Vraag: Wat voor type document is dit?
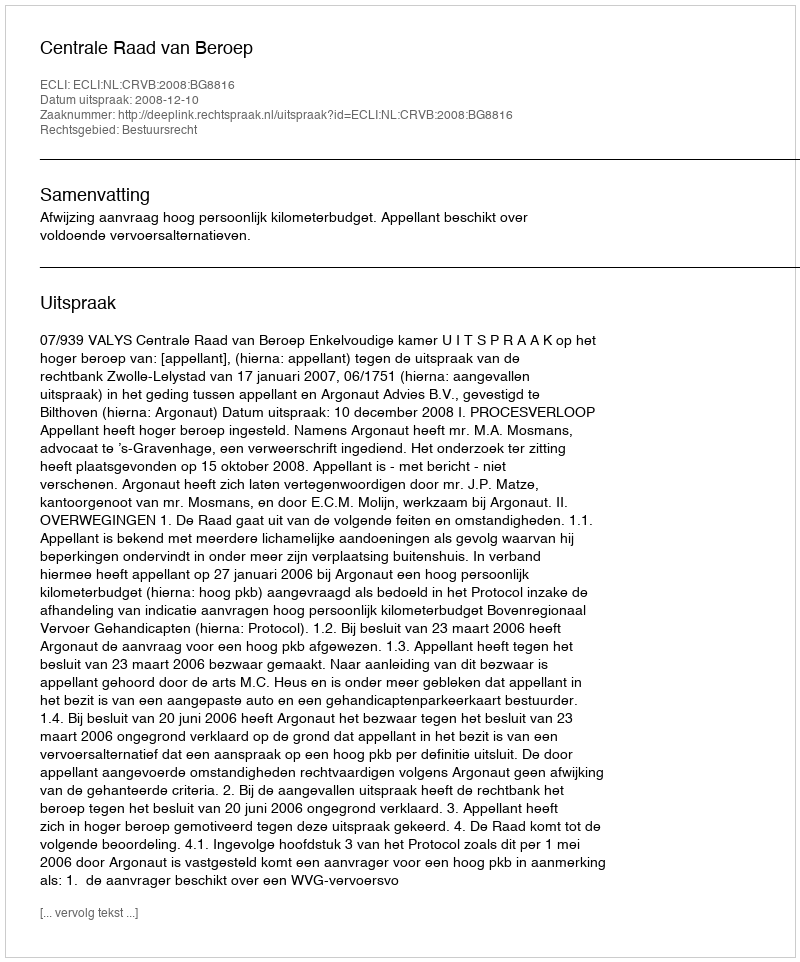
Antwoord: Uitspraak